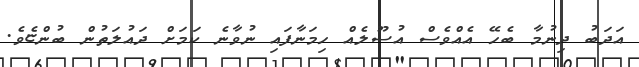
އަދަބު ދިނުމާ ބެހޭ އެއްވެެސް އުސޫލެއް ހިމަނާފައި ނުވާނެ ކަަމަށް ދައުލަތުން ބުންޏެވެ.